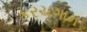
કરચગામ